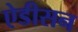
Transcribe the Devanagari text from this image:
ऐडीसन